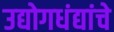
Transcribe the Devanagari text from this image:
उद्योगधंद्यांचे